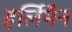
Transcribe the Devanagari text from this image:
हर्लिमैन